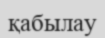
қабылау